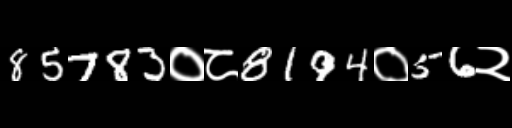
Text: 85783०८8194०56२